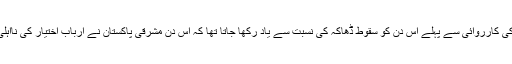
گزشتہ برس پشاور میںآ رمی پبلک سکول پر ملکی تاریخ کی بدترین دہشت گردی کی کارروائی سے پہلے اس دن کو سقوط ڈھاکہ کی نسبت سے یاد رکھا جاتا تھا کہ اس دن مشرقی پاکستان نے ارباب اختیار کی نااہلی اور مجرمانہ غفلت اور اغیار کی سازش کے تحت بنگا دیش کا روپ دھار لیا تھا۔